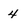
Character: 4